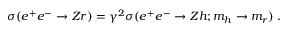
\sigma ( e ^ { + } e ^ { - } \rightarrow Z r ) = \gamma ^ { 2 } \sigma ( e ^ { + } e ^ { - } \rightarrow Z h ; m _ { h } \rightarrow m _ { r } ) \; .